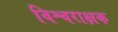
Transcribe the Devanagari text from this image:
विश्वराक्षक